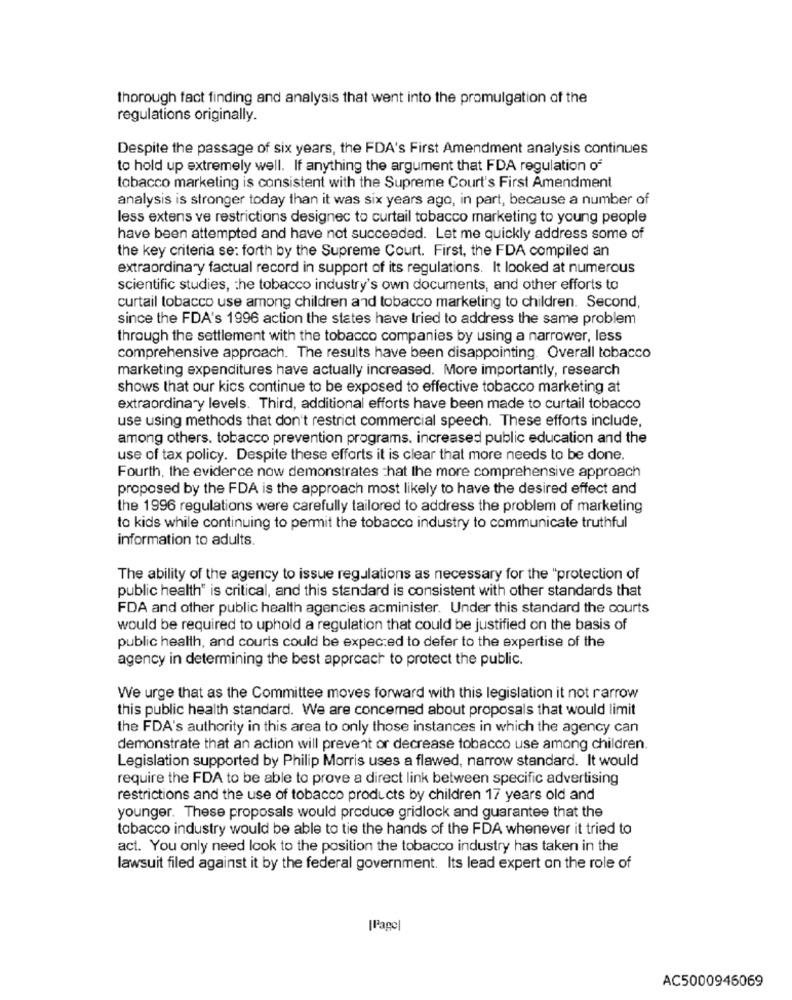
thorough fact finding and analysis that went into the promulgation of the
regulations originally.
Despite the passage of six years, the FDA's First Amendment analysis continues
to hold up extremely well. If anything the argument that FDA regulation of
tobacco marketing is consistent with the Supreme Court's First Amendment
analysis is stronger today than it was six years ago, in part, because a number of
less extens ve restrictions designec to curtail tobacco marketing to young people
have been attempted and have not succeeded. Let me quickly address some of
the key criteria se: forth by the Supreme Court. First, the FDA compiled an
extraordinary factual record in support of its regulations. It looked at numerous
scientific studies, the tobacco industry's own documents, and other efforts to
curtail tobacco use among children and tobacco marketing to children. Second,
since the FDA's 1996 action the states have tried to address the same problem
through the settlement with the tobacco companies by using a narrower, less
comprehensive approach. The results have been disappointing. Overall tobacco
marketing expenditures have actually increased. More importantly, research
shows that our kics continue to be exposed to effective tobacco marketing at
extraordinary levels. Third, additional efforts have been made to curtail tobacco
use using methods that don't restrict commercial speech. These efforts include,
among others. tobacco prevention programs. increased public education and the
use of tax policy. Despite these efforts it is clear that more needs to be done.
Fourth, the eviderce now demonstrates that the more comprehensive approach
proposed by the FDA is the approach most likely to have the desired effect and
the 1996 regulations were carefully tailored to address the problem of marketing
to kids while continuing to permit the tobacco industry to communicate truthful
information to adults.
The ability of the agency to issue regulations as necessary for the "protection of
public health" is critical, and this standard is consistent with other standards that
FDA and other public health agencies acminister. Under this standard the courts
would be required to uphold a regulation that could be justified on the basis of
public health, and courts could be expected to defer to the expertise of the
agency in determining the best approach to protect the public.
We urge that as the Committee moves forward with this legislation it not rarrow
this public health standard. We are concerned about proposals that would limit
the FDA's authority in this area to only those instances in which the agency can
demonstrate that an action will prevent or decrease tobacco use among children.
Legislation supported by Philip Morris uses a flawed, narrow standard. It would
require the FDA to be able to prove a direct link between specific advertising
restrictions and the use of tobacco products by children 17 years old and
younger. These proposals would produce gridlock and guarantee that the
tobacco industry would be able to tie the hands of the FDA whenever it tried to
act. You only need look to the position the tobacco industry has taken in the
lawsuit filed against it by the federal government. Its lead expert on the role of
[Page]
AC5000946069